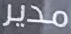
مدير